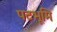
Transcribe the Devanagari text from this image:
पटभूमि